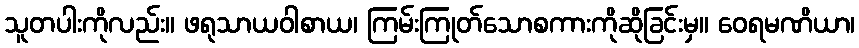
သူတပါးကိုလည်း။ ဖရုသာယဝါစာယ၊ ကြမ်းကြုတ်သောစကားကိုဆိုခြင်းမှ။ ဝေရမဏိယာ၊